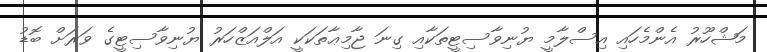
މަޝްހޫރު އެންމެހައި އިސްލާމީ ޔުނިވާސިޓީތަކާއި ގިނަ ޖާމިޢާތަކަކީ އަލްއަޒްހަރު ޔުނިވާސިޓީގެ ވަރަށް ބޮޑު